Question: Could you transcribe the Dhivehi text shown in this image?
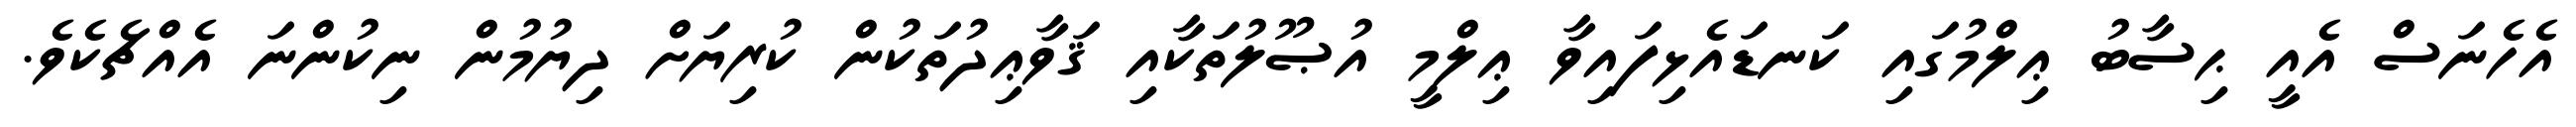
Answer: އެހެނަސް އެއީ ޙިސާބު ޢިލްމުގައި ކަނޑައެޅިފައިވާ ޢިލްމީ އުޞޫލުތަކާއި ޤަވާޢިދުތަކުން ކުރިޔަށް ދިޔުމުން ނިކުންނަ އެއްޗެކެވެ.